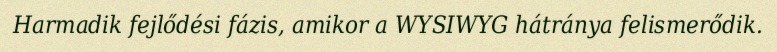
Harmadik fejlődési fázis, amikor a WYSIWYG hátránya felismerődik.